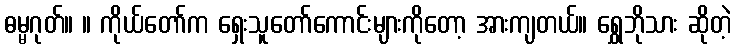
ဓမ္မဂုတ်။ ။ ကိုယ်တော်က ရှေးသူတော်ကောင်းများကိုတော့ အားကျတယ်။ ရွှေဘိုသား ဆိုတဲ့